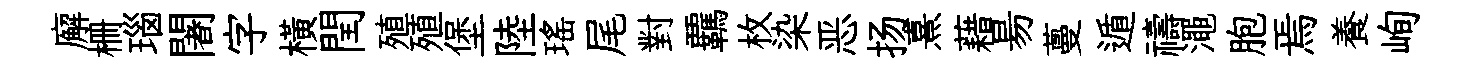
廨栅瑙闍字横閏殖殖堡陸瑶尾對覊枚染恶扬熹藉昜蔓遁禱澠胞焉養峋